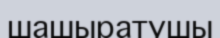
шашыратушы